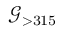
\mathscr { G } _ { > 3 1 5 }